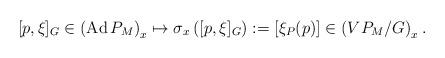
LaTeX: \begin{align*}[p,\xi]_G\in \left(\operatorname{Ad}P_M\right)_x\mapsto \sigma_x\left([p,\xi]_G\right):=[\xi_P(p)]\in \left(VP_M/G\right)_x.\end{align*}